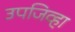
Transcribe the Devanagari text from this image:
उपजिव्हा